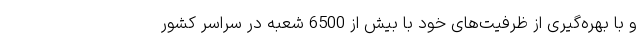
و با بهره‌گیری از ظرفیت‌های خود با بیش از 6500 شعبه در سراسر کشور